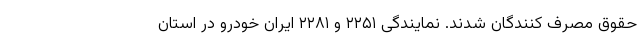
حقوق مصرف کنندگان شدند. نمایندگی‌ ۲۲۵۱ و ۲۲۸۱ ایران خودرو در استان